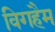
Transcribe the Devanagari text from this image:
विगहैम